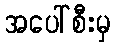
အပေါ်စီးမှ